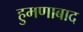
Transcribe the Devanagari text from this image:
हुमणाबाद